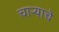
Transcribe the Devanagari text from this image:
चाऱ्याचे